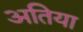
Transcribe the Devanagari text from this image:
अतिया